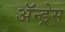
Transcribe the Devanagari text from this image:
ॲन्ड्रेस